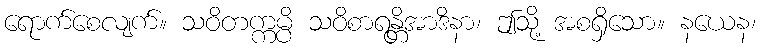
ရောက်စေလျက်။ သဝိတက္ကမ္ပိ သဝိစာရန္တိအာဒိနာ၊ ဤသို့ အစရှိသော။ နယေန၊